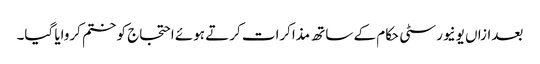
بعدازاں یونیورسٹی حکام کے ساتھ مذاکرات کرتے ہوئے احتجاج کو ختم کروایا گیا۔